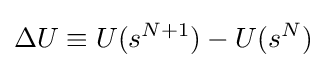
\Delta U\equiv U(s^{N+1})-U(s^{N})